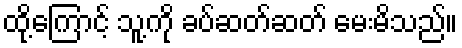
ထို့ကြောင့် သူ့ကို ခပ်ဆတ်ဆတ် မေးမိသည်။